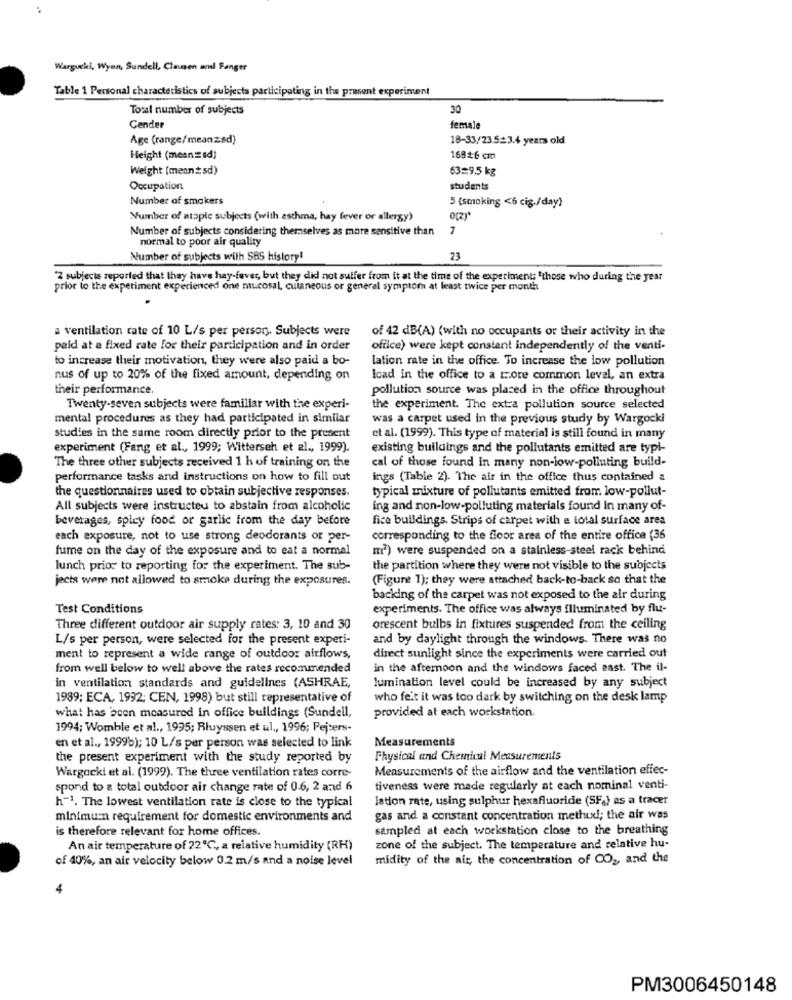
Wargucki, Wyon, Sundell, Clausen ael Fanger
Table 1 Personal characteristics of subjects participating in the present experiment
Total number of subjects
30
Gender
female
Age (range/meanzsd)
18-33/23.5=3.4 years old
Height (meanzsd]
168*6 cm
Weight [mennsd)
63=9.5 kg
Occupation
students
Number of smokers
5 (smoking <6 cig./day)
Number of atopic subjects (with asthma, hay fever or allergy)
Number of subjects considering themselves as more sensitive than
7
normal to poor air quality
Number of subjects with SAS history!
23
2 subjects reported that they have hay-fever, but they did not suffer from it at the time of the experiment: "those who during the year
prior to the experiment experienced one mucosal, cutaneous or general symptom at least twice per month
a ventilation rate of 10 L/s per person. Subjects were
of 42 dB(A) (with no occupants or their activity in the
paid at a fixed rate for their participation and in order
office) were kept constant independently of the venti-
to increase their motivation, they were also paid a bo-
lation rate in the office. To increase the low pollution
nus of up to 20% of the fixed amount, depending on
load in the office to a more common level, an extra
their performance.
pollution source was placed in the office throughout
Twenty-seven subjects were familiar with the experi-
the experiment. The extra pollution source selected
mental procedures as they had participated in similar
was a carpet used in the previous study by Wargocki
studies in the same room directly prior to the present
et al. (1999). This type of material is still found in many
experiment (Fang et al ., 1999; Witterseh et al ., 1999).
existing buildings and the pollutants emitted are typi-
The three other subjects received 1 h of training on the
cal of those found in many non-low-polluting build-
performance tasks and instructions on how to fill out
ings (Table 2). The air in the office thus contained a
typical mixture of pollutants emitted from low-pollut-
the questionnaires used to obtain subjective responses.
All subjects were instructed to abstain from alcoholic
ing and non-low-polluting materials found In many of-
beverages, spicy food or garlic from the day before
fice buildings. Strips of carpet with a total surface area
each exposure, not to use strong deodorants or per-
corresponding to the floor area of the entire office (36
fume on the day of the exposure and to eat a normal
m2) were suspended on a stainless steel rack behind
lunch prior to reporting for the experiment. The sub-
the partition where they were not visible to the subjects
jects were not allowed to smoke during the exposures.
(Figure 1); they were attached back-to-back so that the
backing of the carpet was not exposed to the air during
Test Conditions
experiments. The office was always illuminated by flu-
Three different outdoor air supply rates: 3, 10 and 30
orescent bulbs in fixtures suspended from the ceiling
L/s per person, were selected for the present experi-
and by daylight through the windows. There was no
ment to represent a wide range of outdoor airflows,
direct sunlight since the experiments were carried out
from well below to well above the rates recommended
in the afternoon and the windows faced east. The il-
in ventilation standards and guidelines (ASHRAE,
lumination level could be increased by any subject
1989; ECA, 1992; CEN, 1998) but still representative of
who felt it was too dark by switching on the desk lamp
what has been measured in office buildings (Sundell,
provided at each workstation.
1994; Womble et al ., 1995; Rluyssen et ul ., 1996; Pejters-
Measurements
en et al ., 1999%); 10 L/s per person was selected to link
the present experiment with the study reported by
Physical and Chemical Measurements
Wargocki et al. (1999). The three ventilation rates corre-
Measurements of the airflow and the ventilation effec-
spond to a total outdoor air change rate of 0.6, 2 and 6
tiveness were made regularly at each nominal venti-
lation rate, using sulphur hexafluoride (SF.) as a tracer
h-1. The lowest ventilation rate is close to the typical
minimum requirement for domestic environments and
gas and a constant concentration methud; the air was
is therefore relevant for home offices.
sampled at each workstation close to the breathing
An air temperature of 22℃, a relative humidity (RH)
zone of the subject. The temperature and relative hu-
of 40%, an air velocity below 0.2 m/s and a noise level
midity of the air, the concentration of CO2, and the
PM3006450148